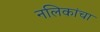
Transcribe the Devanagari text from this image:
नलिकांचा